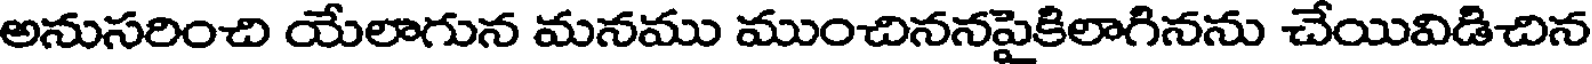
అనుసరించి యేలాగున మనము ముంచిననపైకిలాగినను చేయివిడిచిన